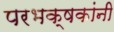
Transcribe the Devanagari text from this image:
परभक्षकांनी